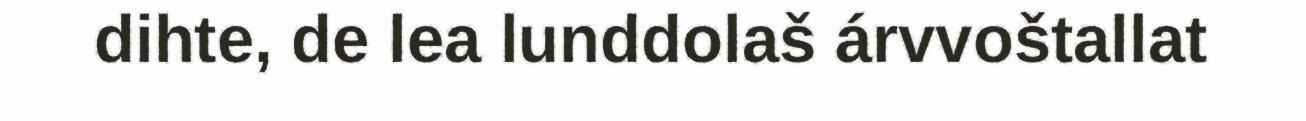
dihte, de lea lunddolaš árvvoštallat